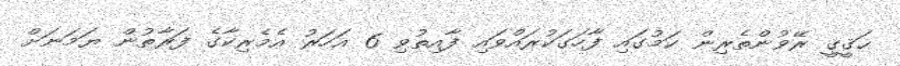
ޙަޤީޤީ ރޭވުންތެރިން ކަމުގައި ފާހަގަކުރައްވައި ފާއިތުވި 6 އަހަރު އެމެރިކާގެ ފަރާތުން ޔަމަނަށް